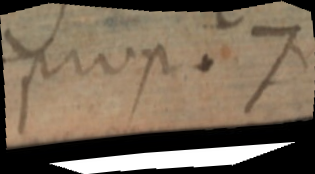
prop. 7